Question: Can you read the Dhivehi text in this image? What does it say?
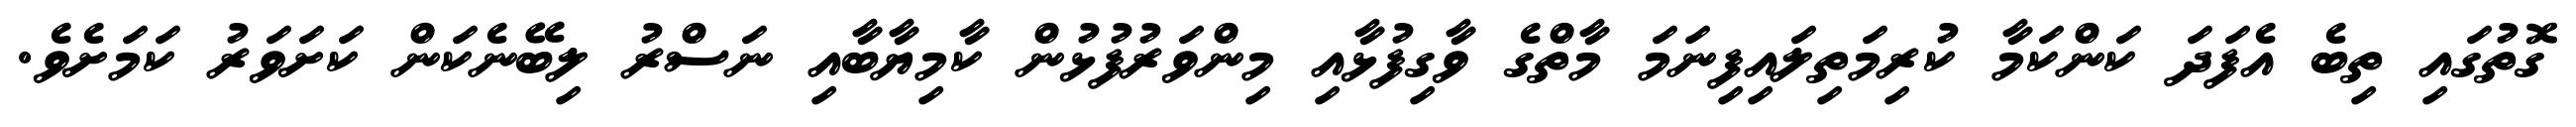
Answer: ގޮތުގައި ތިބެ އެފަދަ ކަންކަމާ ކުރިމަތިލައިފިނަމަ މާތްގެ ވާގިފުޅާއި މިންވަރުފުޅުން ކާމިޔާބާއި ނަސްރު ލިބޭނެކަން ކަށަވަރު ކަމަށެވެ.